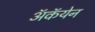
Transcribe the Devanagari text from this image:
अॅकॅयेन